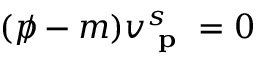
( p \! \! \! / - m ) v _ { \textbf { p } } ^ { s } = 0